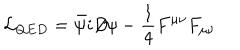
LaTeX: { \cal L } _ { Q E D } = \bar { \psi } i D \! \! \! \! / \psi - \frac 1 4 F ^ { \mu \nu } F _ { \mu \nu }